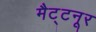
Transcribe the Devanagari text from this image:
मैट्टनूर